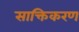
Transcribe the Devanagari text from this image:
साक्तिकरण